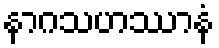
နာဂသဟဿာနံ